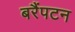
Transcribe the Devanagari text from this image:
बरैंपटन